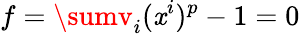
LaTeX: f=\sumv_{i}(\mathit{x}^{i})^{p}-1=0